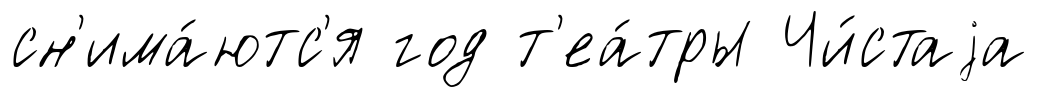
сн'има́ютс'я год т'еа́тры Чи́стаjа